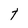
Character: t